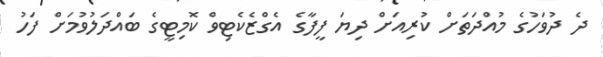
ދެ ދުވަހުގެ މުއްދަތަށް ކުރިއަށް ދިޔަ ފީފާގެ އެގްޒެކެޓިވް ކޮމިޓީގެ ބައްދަލުވުމަށް ފަހު